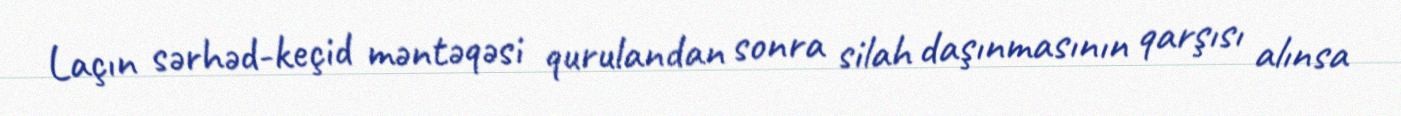
Laçın sərhəd-keçid məntəqəsi qurulandan sonra silah daşınmasının qarşısı alınsa